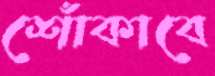
শোঁকাবে